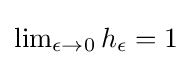
{\textstyle \lim _{\epsilon \to 0}h_{\epsilon }=1}